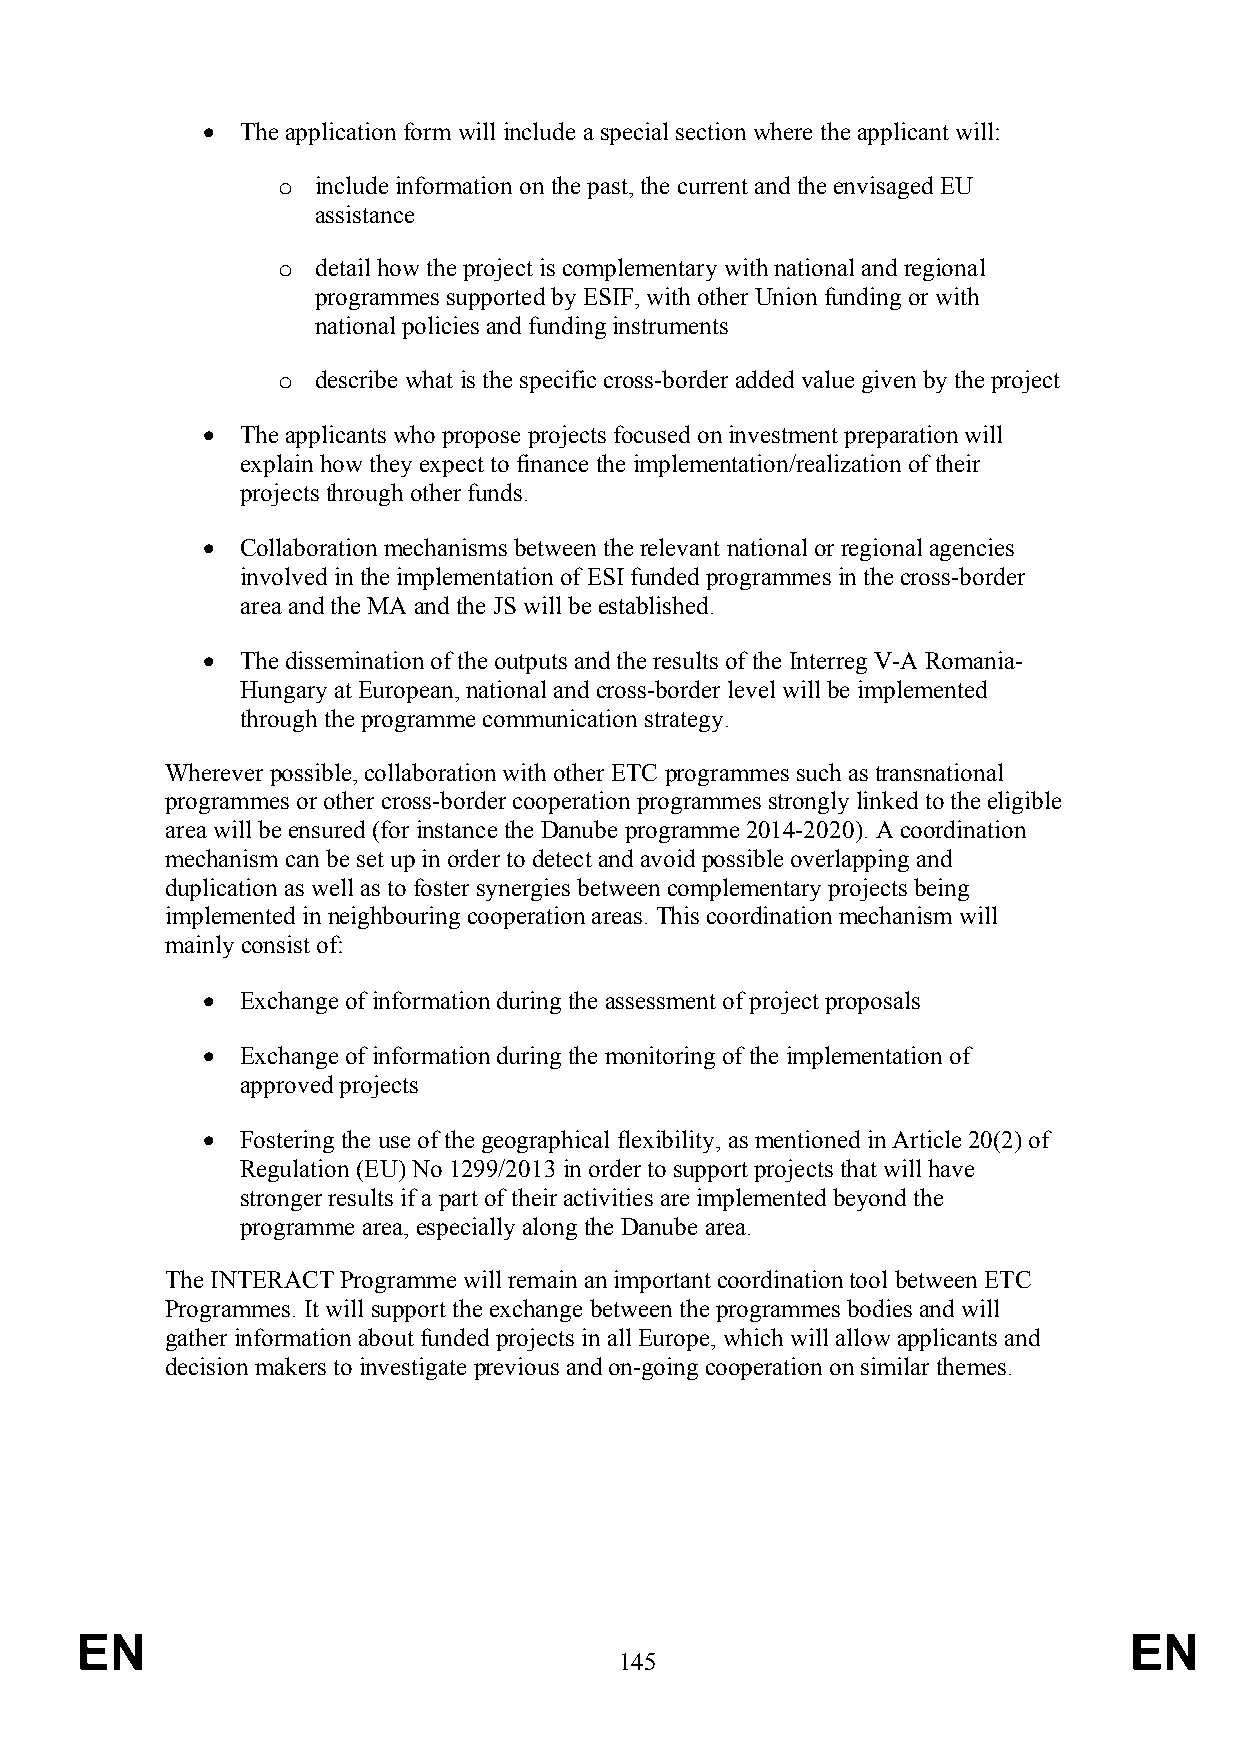
  The application form will include a special section where the applicant will:
 o  include information on the past, the current and the envisaged EU
 assistance
 o  detail how the project is complementary with national and regional
 programmes supported by ESIF, with other Union funding or with
 national policies and funding instruments
 o  describe what is the specific cross-border added value given by the project
   The applicants who propose projects focused on investment preparation will
 explain how they expect to finance the implementation/realization of their
 projects through other funds.
   Collaboration mechanisms between the relevant national or regional agencies
 involved in the implementation of ESI funded programmes in the cross-border
 area and the MA and the JS will be established.
   The dissemination of the outputs and the results of the Interreg V-A Romania-
 Hungary at European, national and cross-border level will be implemented
 through the programme communication strategy.
 Wherever possible, collaboration with other ETC programmes such as transnational
 programmes or other cross-border cooperation programmes strongly linked to the eligible
 area will be ensured (for instance the Danube programme 2014-2020). A coordination
 mechanism can be set up in order to detect and avoid possible overlapping and
 duplication as well as to foster synergies between complementary projects being
 implemented in neighbouring cooperation areas. This coordination mechanism will
 mainly consist of:
   Exchange of information during the assessment of project proposals
   Exchange of information during the monitoring of the implementation of
 approved projects
   Fostering the use of the geographical flexibility, as mentioned in Article 20(2) of
 Regulation (EU) No 1299/2013 in order to support projects that will have
 stronger results if a part of their activities are implemented beyond the
 programme area, especially along the Danube area.
 The INTERACT Programme will remain an important coordination tool between ETC
 Programmes. It will support the exchange between the programmes bodies and will
 gather information about funded projects in all Europe, which will allow applicants and
 decision makers to investigate previous and on-going cooperation on similar themes.
 EN                                                                    EN
 145